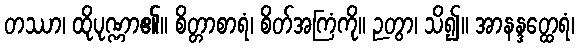
တဿာ၊ ထိုပုဏ္ဏာ၏။ စိတ္တာစာရံ၊ စိတ်အကြံကို။ ဉတွာ၊ သိ၍။ အာနန္ဒတ္ထေရံ၊